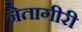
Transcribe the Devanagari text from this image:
नेतागीरी